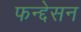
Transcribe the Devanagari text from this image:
फन्द्देसन